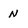
Character: n